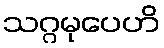
သဂ္ဂမုပေဟိ